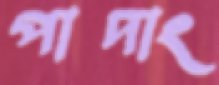
পাদাং